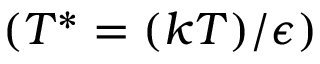
( T ^ { * } = ( k T ) / \epsilon )